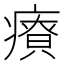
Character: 𤺂